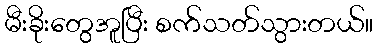
မီးခိုးတွေအူပြီး စက်သတ်သွားတယ်။